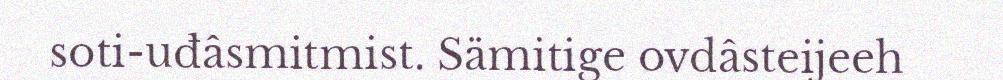
soti-uđâsmitmist. Sämitige ovdâsteijeeh